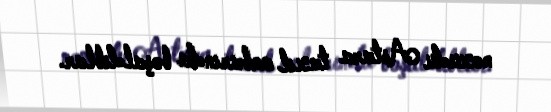
noxudu Astara taxıl anbarında boşaldıblar.